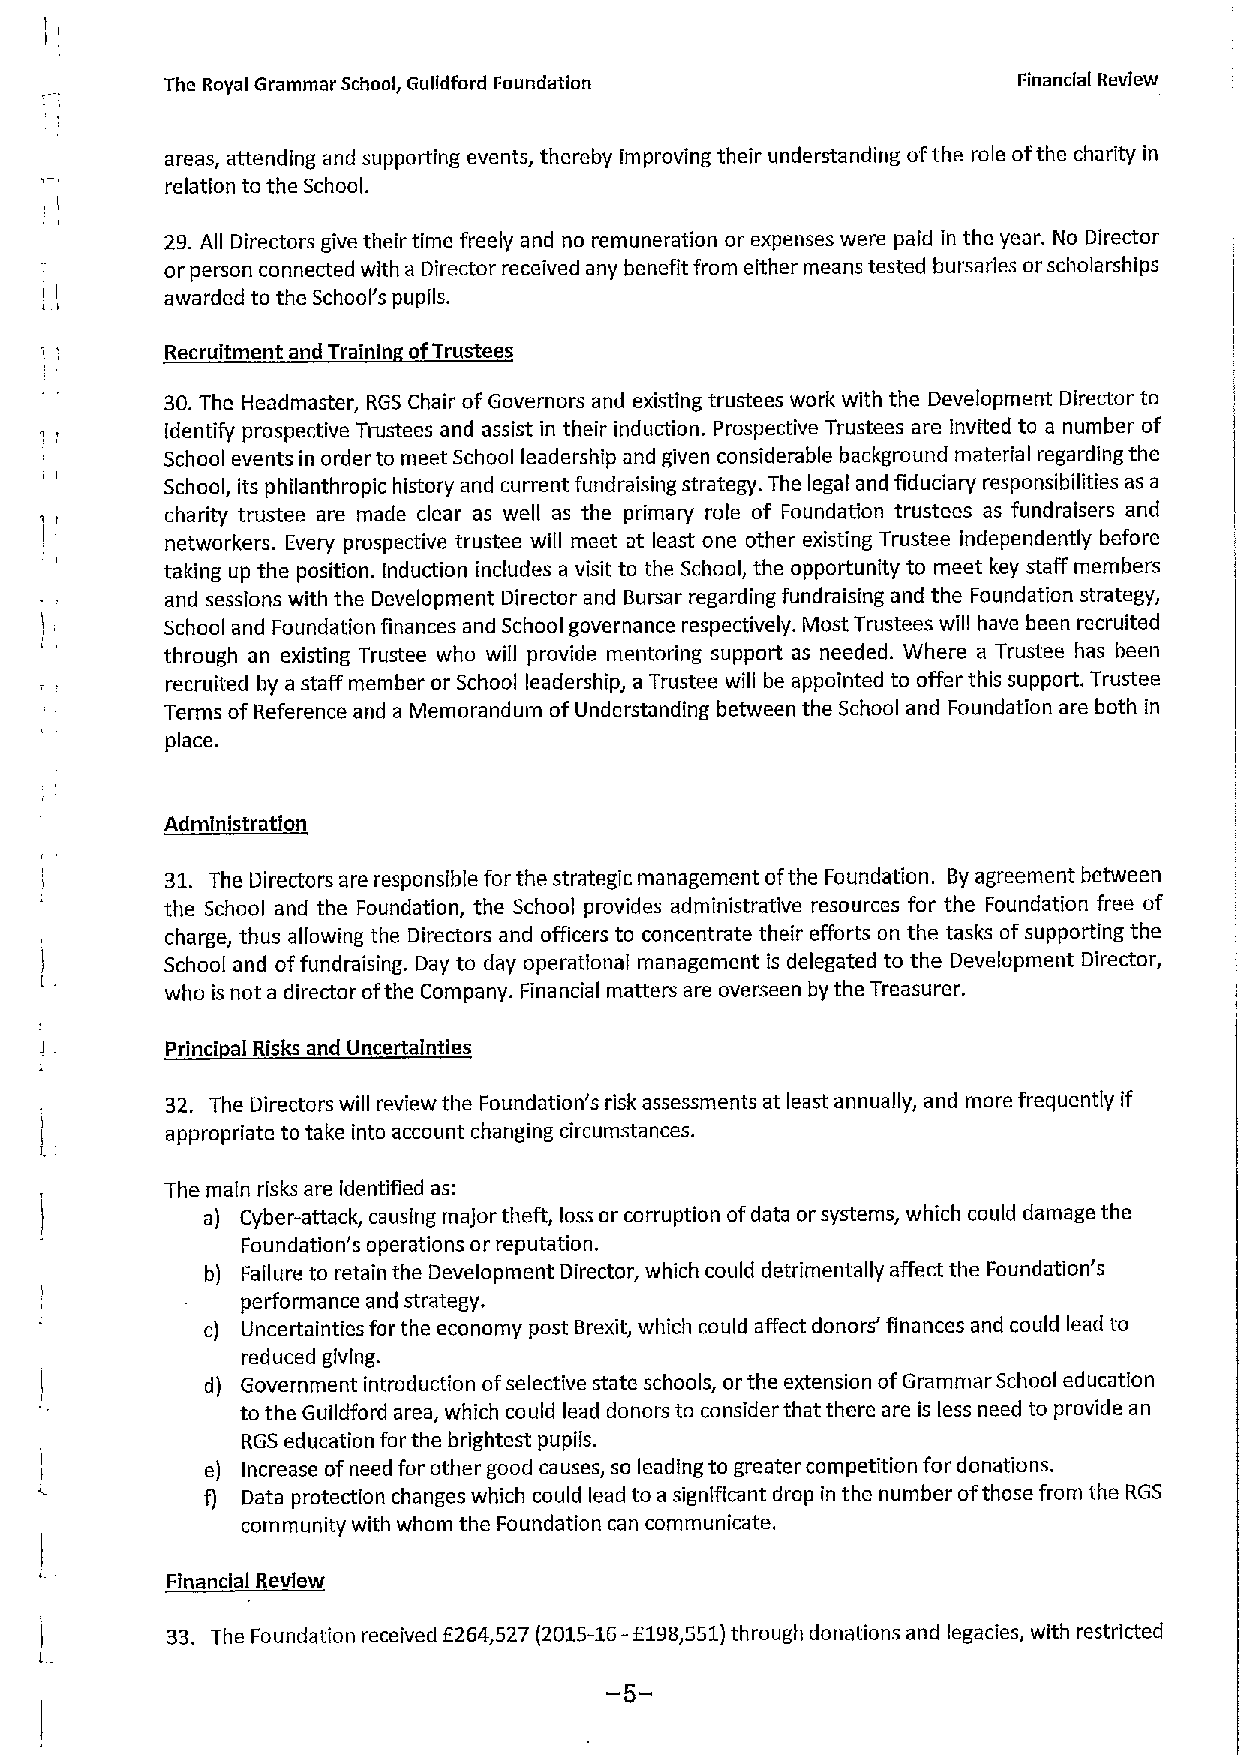
The Royal Grammar School, Gulldford Foundation          Financial Review
 areas, attending and supporting events, thereby improving their understanding ofthe role ofthe charity in
 relation ta the School.
 29. All Directors give their time freely and no remuneration ar expenses were paid in the year. bio Director
 or person connected with a Director received any benefit from either means tested bursaries or scholarships
 awarded to the School's pupils.
 Recruitment and Tralnin ofTrustees
 30.The Headmaster, RGS Chair of Governors and existing trustees work with the Development Director to
 identify prospective Trustees and assist in their induction. Prospective Trustees are Invited to a number of
 School events in order to meet School leadership and given considerable background material regarding the
 School, its philanthropic history and current fundraising strategy. The legal and fiduciary responsibilities as a
 charity trustee are made clear as well as the primary role of Foundation trustees as fundraisers and
 networkers. Every prospective trustee will meet at least one other existing Trustee independently before
 taking up the position. Induction includes a visit to the School, the opportunity to meet key staff members
 and sessions with the Development Director and Bursar regarding fundraising and the Foundation strategy,
 School and Foundation finances and School governance respectively. Most Trustees will have been recruited
 through an existing Trustee who will provide mentoring support as needed. Where a Trustee has been
 recruited by a staff member or School leadership, a Trustee will be appointed to offer this support. Trustee
 Terms of Reference and a Memorandum ofUnderstanding between the School and Foundation are both in
 place.
 Administration
 31. The Directors are responsible for the strategic management afthe Foundation. By agreement between
 the School and the Foundation, the School provides administrative resources for the Foundation free of
 charge, thus allowing the Directors and officers to concentrate their efforts on the tasks ofsupporting the
 School and offundraising. Day to day operational management is delegated to the Development Director,
 wha is not a director ofthe Company. Financial matters are overseen by the Treasurer.
 Princi al Risks and Uncertainties
 32, The Directors will review the Foundation's risk assessments at least annually, and more frequently if
 appropriate to take into account changing circumstances.
 The main risks are identified as:
 a) Cyber-attack, causing major theft, loss or corruption ofdata or systems, which could damage the
 Foundation's operations or reputation.
 b) Failure to retain the Development Director, which could detrimentally affect the Foundation's
 performance and strategy.
 c) Uncertainties for the economy post Brexit, which could affect donors' finances and could lead to
 reduced giving.
 d) Government introduction ofselective state schools, orthe extension ofGrammar School education
 to the Guildford area, which could lead donors to consider that there are is less need to provide an
 RGS education for the brightest pupils.
 e) Increase ofneed for other good causes, so leading to greater competition for donations.
 f) Data protection changes which could lead to a significant drop in the number ofthose from the RGS
 community with whom the Foundation can communicate.
 Financial Review
 33, The Foundation received f264,527 (2015-16-f198,551)through donations and legacies, with restricted